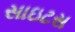
સાઇટસ